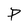
Character: P